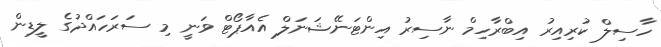
ހާސިލް ކުރިއިރު އިބްރާހިމް ނާސިރު އިންޓަނޭޝަނަލް އެއާޕޯޓް ވަނީ މި ސަރަހައްދުގެ ލީޑިން